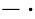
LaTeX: -\, \cdot